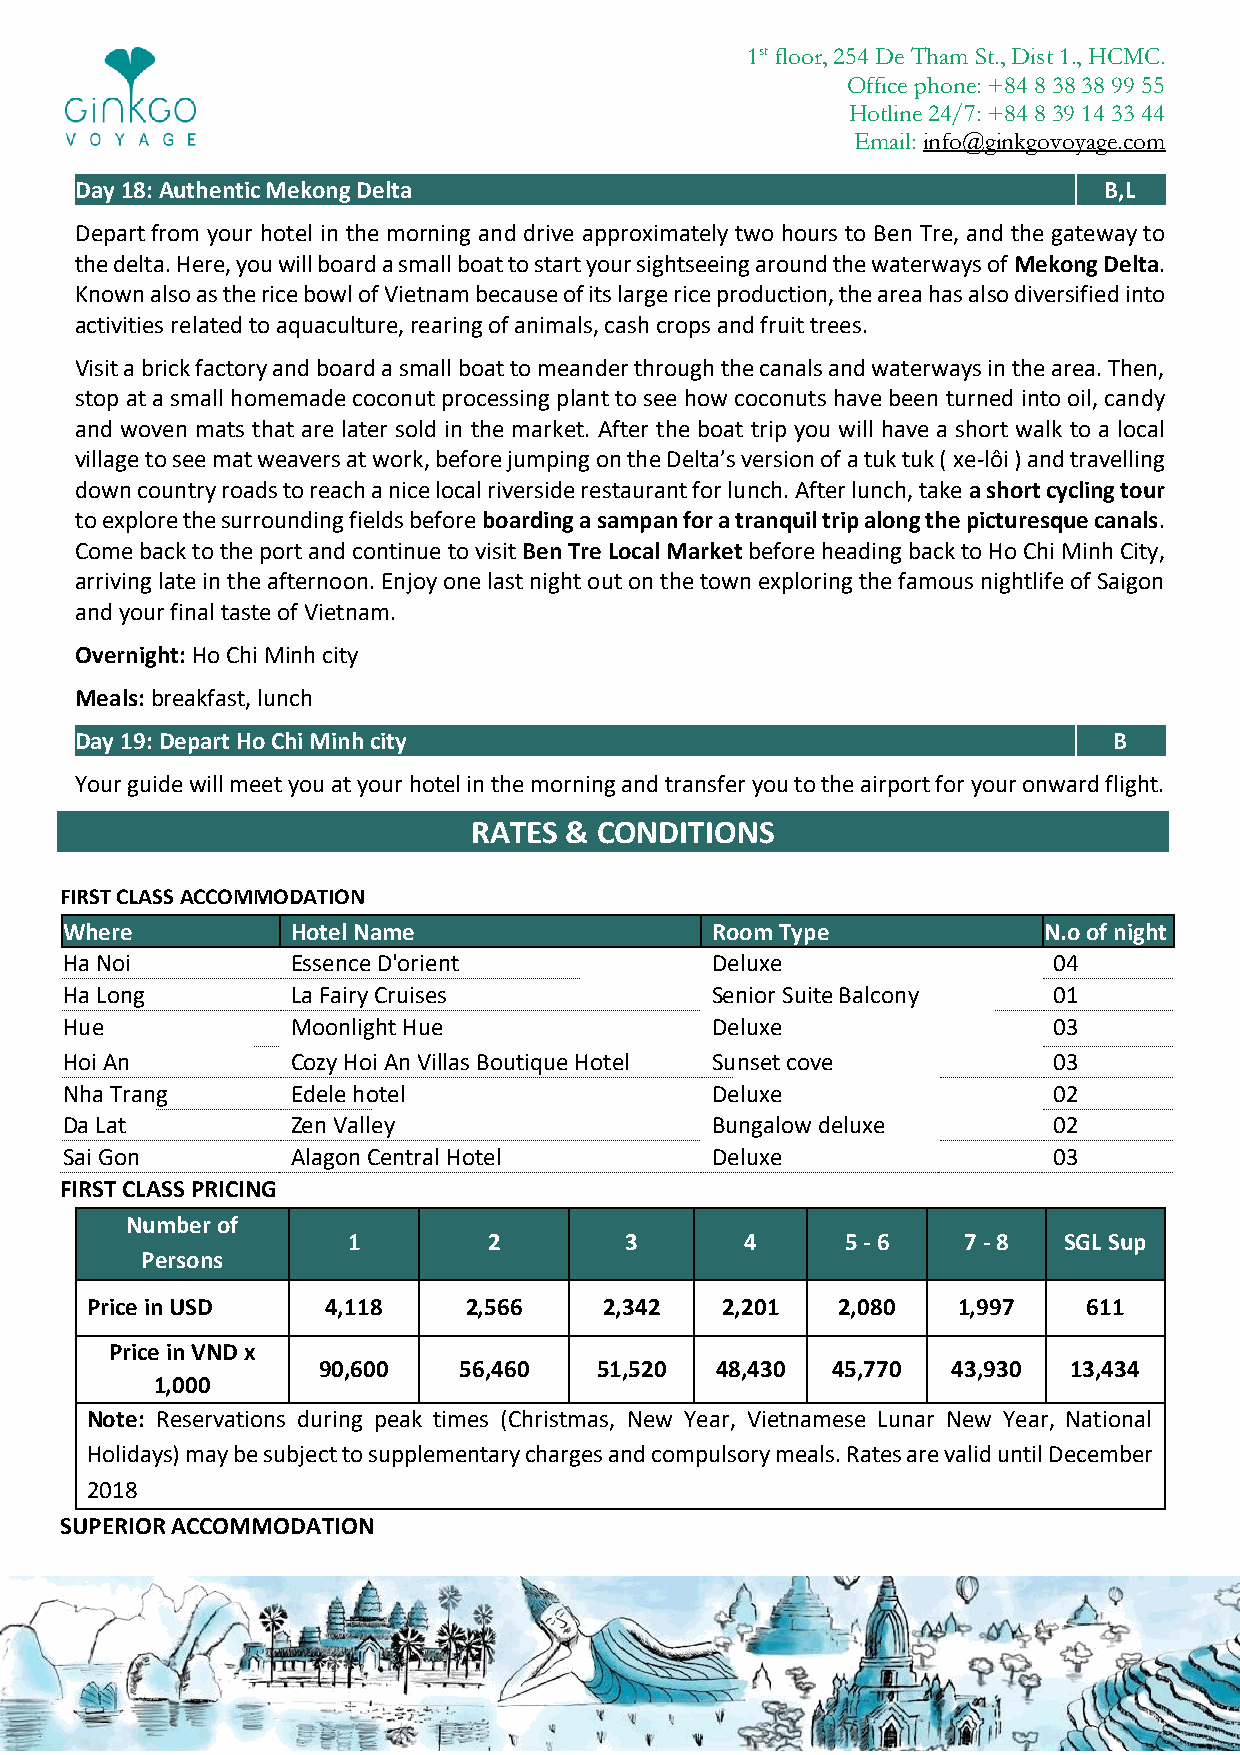
1st floor, 254 De Tham St., Dist 1., HCMC.
 Office phone: +84 8 38 38 99 55
 Hotline 24/7: +84 8 39 14 33 44
 Email: info@ginkgovoyage.com
 Day 18: Authentic Mekong Delta                                      B,L
 Depart from your hotel in the morning and drive approximately two hours to Ben Tre, and the gateway to
 the delta. Here, you will board a small boat to start your sightseeing around the waterways of Mekong Delta.
 Known also as the rice bowl of Vietnam because of its large rice production, the area has also diversified into
 activities related to aquaculture, rearing of animals, cash crops and fruit trees.
 Visit a brick factory and board a small boat to meander through the canals and waterways in the area. Then,
 stop at a small homemade coconut processing plant to see how coconuts have been turned into oil, candy
 and woven mats that are later sold in the market. After the boat trip you will have a short walk to a local
 village to see mat weavers at work, before jumping on the Delta’s version of a tuk tuk ( xe-lôi ) and travelling
 down country roads to reach a nice local riverside restaurant for lunch. After lunch, take a short cycling tour
 to explore the surrounding fields before boarding a sampan for a tranquil trip along the picturesque canals.
 Come back to the port and continue to visit Ben Tre Local Market before heading back to Ho Chi Minh City,
 arriving late in the afternoon. Enjoy one last night out on the town exploring the famous nightlife of Saigon
 and your final taste of Vietnam.
 Overnight: Ho Chi Minh city
 Meals: breakfast, lunch
 Day 19: Depart Ho Chi Minh city                                      B
 Your guide will meet you at your hotel in the morning and transfer you to the airport for your onward flight.
 RATES &  CONDITIONS
 FIRST CLASS ACCOMMODATION
 Where          Hotel Name                  Room Type             N.o of night
 Ha Noi         Essence D'orient            Deluxe                 04
 Ha Long        La Fairy Cruises            Senior Suite Balcony   01
 Hue            Moonlight Hue               Deluxe                 03
 Hoi An         Cozy Hoi An Villas Boutique Hotel Sunset cove      03
 Nha Trang      Edele hotel                 Deluxe                 02
 Da Lat         Zen Valley                  Bungalow deluxe        02
 Sai Gon        Alagon Central Hotel        Deluxe                 03
 FIRST CLASS PRICING
 Number of
 1        2        3       4      5 - 6   7 - 8 SGL Sup
 Persons
 Price in USD    4,118    2,566    2,342   2,201  2,080   1,997    611
 Price in VND x
 90,600   56,460   51,520  48,430  45,770  43,930  13,434
 1,000
 Note: Reservations during peak times (Christmas, New Year, Vietnamese Lunar New Year, National
 Holidays) may be subject to supplementary charges and compulsory meals. Rates are valid until December
 2018
 SUPERIOR ACCOMMODATION